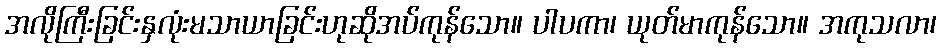
အလိုကြီးခြင်းနှလုံးမသာယာခြင်းဟုဆိုအပ်ကုန်သော။ ပါပကာ၊ ယုတ်မာကုန်သော။ အကုသလာ၊